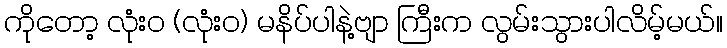
ကိုတော့ လုံးဝ (လုံးဝ) မနိပ်ပါနဲ့ဗျာ ကြီးက လွမ်းသွားပါလိမ့်မယ်။